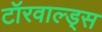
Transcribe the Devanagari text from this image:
टॉरवाल्ड्स